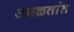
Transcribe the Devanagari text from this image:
अढळतांत